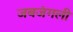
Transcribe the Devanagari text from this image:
जबजंगली